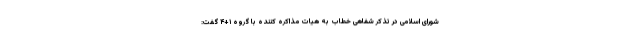
شورای اسلامی در تذکر شفاهی خطاب به هیات مذاکره کننده با گروه ۱+۴ گفت: